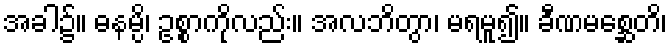
အခါ၌။ ဓနမ္ပိ၊ ဥစ္စာကိုလည်း။ အလဘိတွာ၊ မရမူ၍။ ခီဏမစ္ဆေတိ၊